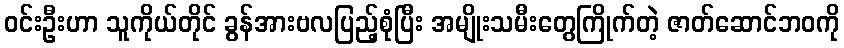
ဝင်းဦးဟာ သူကိုယ်တိုင် ခွန်အားဗလပြည့်စုံပြီး အမျိုးသမီးတွေကြိုက်တဲ့ ဇာတ်ဆောင်ဘဝကို